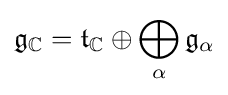
{\mathfrak {g}}_{\mathbb {C} }={\mathfrak {t}}_{\mathbb {C} }\oplus \bigoplus _{\alpha }{\mathfrak {g}}_{\alpha }